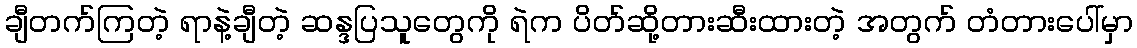
ချီတက်ကြတဲ့ ရာနဲ့ချီတဲ့ ဆန္ဒပြသူတွေကို ရဲက ပိတ်ဆို့တားဆီးထားတဲ့ အတွက် တံတားပေါ်မှာ